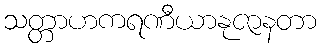
သတ္တာဟကရဏီယာနုဇာနတာ